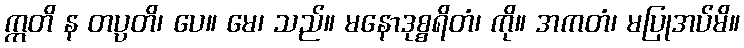
ဣတိ န တပ္ပတိ၊ ပေ။ မေ၊ သည်။ မနောဒုစ္စရိတံ၊ ကို။ အကတံ၊ မပြုအပ်မိ။